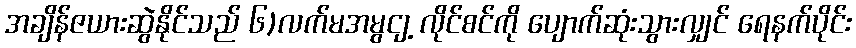
အချိန်ဇယားဆွဲနိုင်သည် ၆)လက်မအမွငျ့ လိုင်စင်ကို ပျောက်ဆုံးသွားလျှင် ရေနက်ပိုင်း